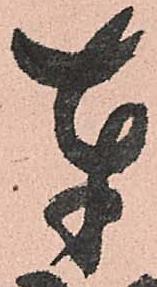
奉